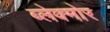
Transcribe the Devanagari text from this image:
ब्लेक्मोर